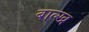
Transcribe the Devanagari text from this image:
बाल्ख